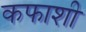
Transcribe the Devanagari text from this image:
कफाशी